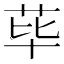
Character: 荜